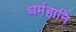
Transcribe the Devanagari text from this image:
धर्महानि